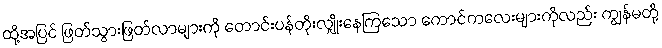
ထို့အပြင် ဖြတ်သွားဖြတ်လာများကို တောင်းပန်တိုးလျှိုးနေကြသော ကောင်ကလေးများကိုလည်း ကျွန်မတို့